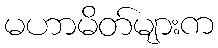
မဟာမိတ်များက